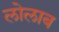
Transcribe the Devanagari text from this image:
लोलाब